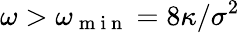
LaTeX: \omega>\omega_{\mathrm{~m~i~n~}}=8\kappa/\sigma^{2}